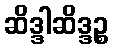
ဆိဒ္ဒါဆိဒ္ဒဉ္စ